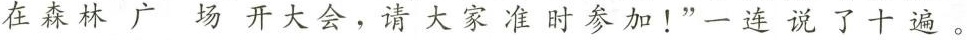
在森林广场开大会，请大家准时参加！”一连说了十遍。